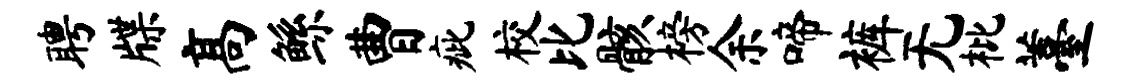
聘牒高鲧曹疵校比骸榜余啼裤无枇薹